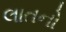
લાતનો